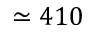
\simeq 4 1 0